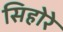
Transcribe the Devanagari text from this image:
सिहोरे